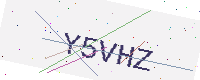
Text: Y5VHZ